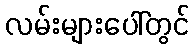
လမ်းများပေါ်တွင်